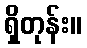
ရှိတုန်း။